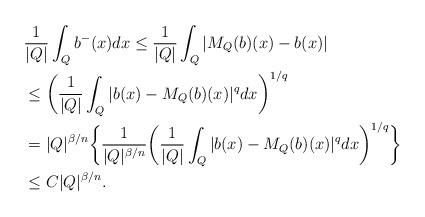
LaTeX: \begin{align*}& \frac1{|Q|}\int_Q b^{-}(x)dx \le \frac1{|Q|}\int_Q |M_Q(b)(x)- b(x)|\\&\le \bigg(\frac1{|Q|}\int_Q |b(x)-M_Q(b)(x)|^q dx\bigg)^{1/q}\\&= |Q|^{\beta/n} \bigg\{ \frac1{|Q|^{\beta/n}} \bigg(\frac1{|Q|}\int_Q |b(x)-M_Q(b)(x)|^q dx\bigg)^{1/q}\bigg\}\\&\le {C}|Q|^{\beta/n}.\end{align*}